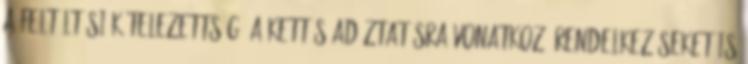
a feltöltési kötelezettség. A kettős adóztatásra vonatkozó rendelkezéseket is